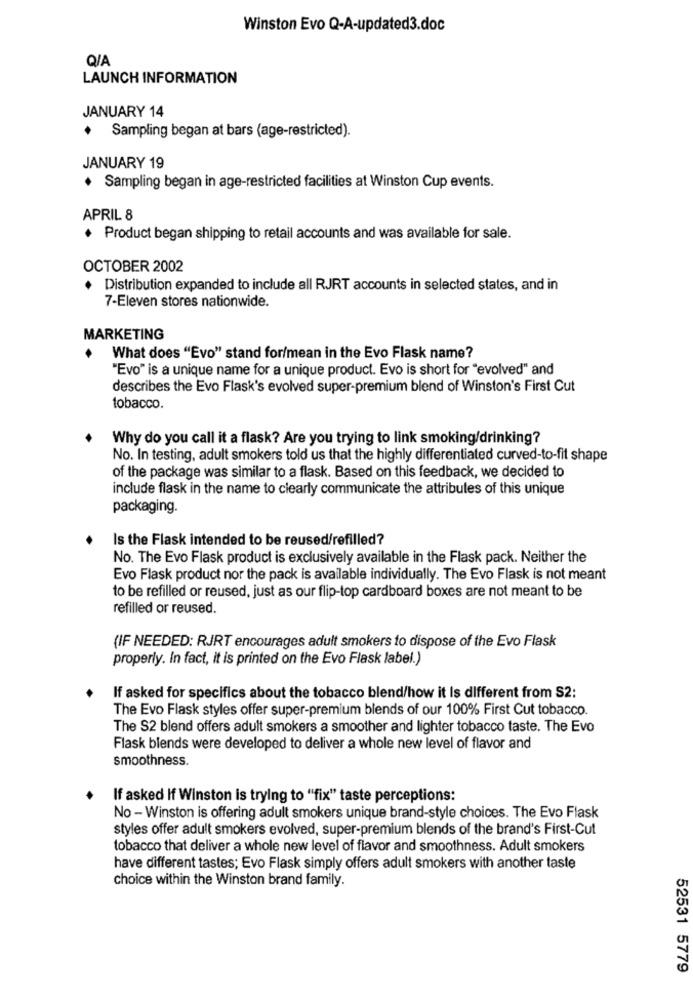
Winston Evo Q-A-updated3.doc
Q/A
LAUNCH INFORMATION
JANUARY 14
Sampling began at bars (age-restricted).
JANUARY 19
· Sampling began in age-restricted facilities at Winston Cup events.
APRIL 8
+ Product began shipping to retail accounts and was available for sale.
OCTOBER 2002
· Distribution expanded to include all RJRT accounts in selected states, and in
7-Eleven stores nationwide.
MARKETING
What does "Evo" stand for/mean in the Evo Flask name?
"Evo" is a unique name for a unique product. Evo is short for "evolved" and
describes the Evo Flask's evolved super-premium blend of Winston's First Cut
tobacco.
Why do you call it a flask? Are you trying to link smoking/drinking?
No. In testing, adult smokers told us that the highly differentiated curved-to-fit shape
of the package was similar to a flask. Based on this feedback, we decided to
include flask in the name to clearly communicate the attributes of this unique
packaging.
Is the Flask intended to be reused/refilled?
No. The Evo Flask product is exclusively available in the Flask pack. Neither the
Evo Flask product nor the pack is available individually. The Evo Flask is not meant
to be refilled or reused, just as our flip-top cardboard boxes are not meant to be
refilled or reused.
(IF NEEDED: RJRT encourages adult smokers to dispose of the Evo Flask
properly. In fact, it is printed on the Evo Flask label.)
If asked for specifics about the tobacco blend/how it Is different from S2:
The Evo Flask styles offer super-premium blends of our 100% First Cut tobacco.
The S2 blend offers adult smokers a smoother and lighter tobacco taste. The Evo
Flask blends were developed to deliver a whole new level of flavor and
smoothness.
If asked If Winston is trying to "fix" taste perceptions:
No - Winston is offering adult smokers unique brand-style choices. The Evo Flask
styles offer adult smokers evolved, super-premium blends of the brand's First-Cut
tobacco that deliver a whole new level of flavor and smoothness. Adult smokers
have different tastes; Evo Flask simply offers adult smokers with another taste
choice within the Winston brand family.
52531 5779